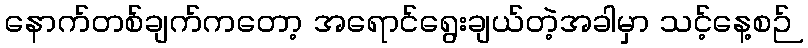
နောက်တစ်ချက်ကတော့ အရောင်ရွေးချယ်တဲ့အခါမှာ သင့်နေ့စဉ်